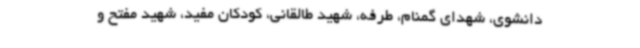
دانشوی، شهدای گمنام، طرفه، شهید طالقانی، کودکان مفید، شهید مفتح و